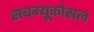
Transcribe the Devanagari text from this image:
सबम्‍यूकोसल